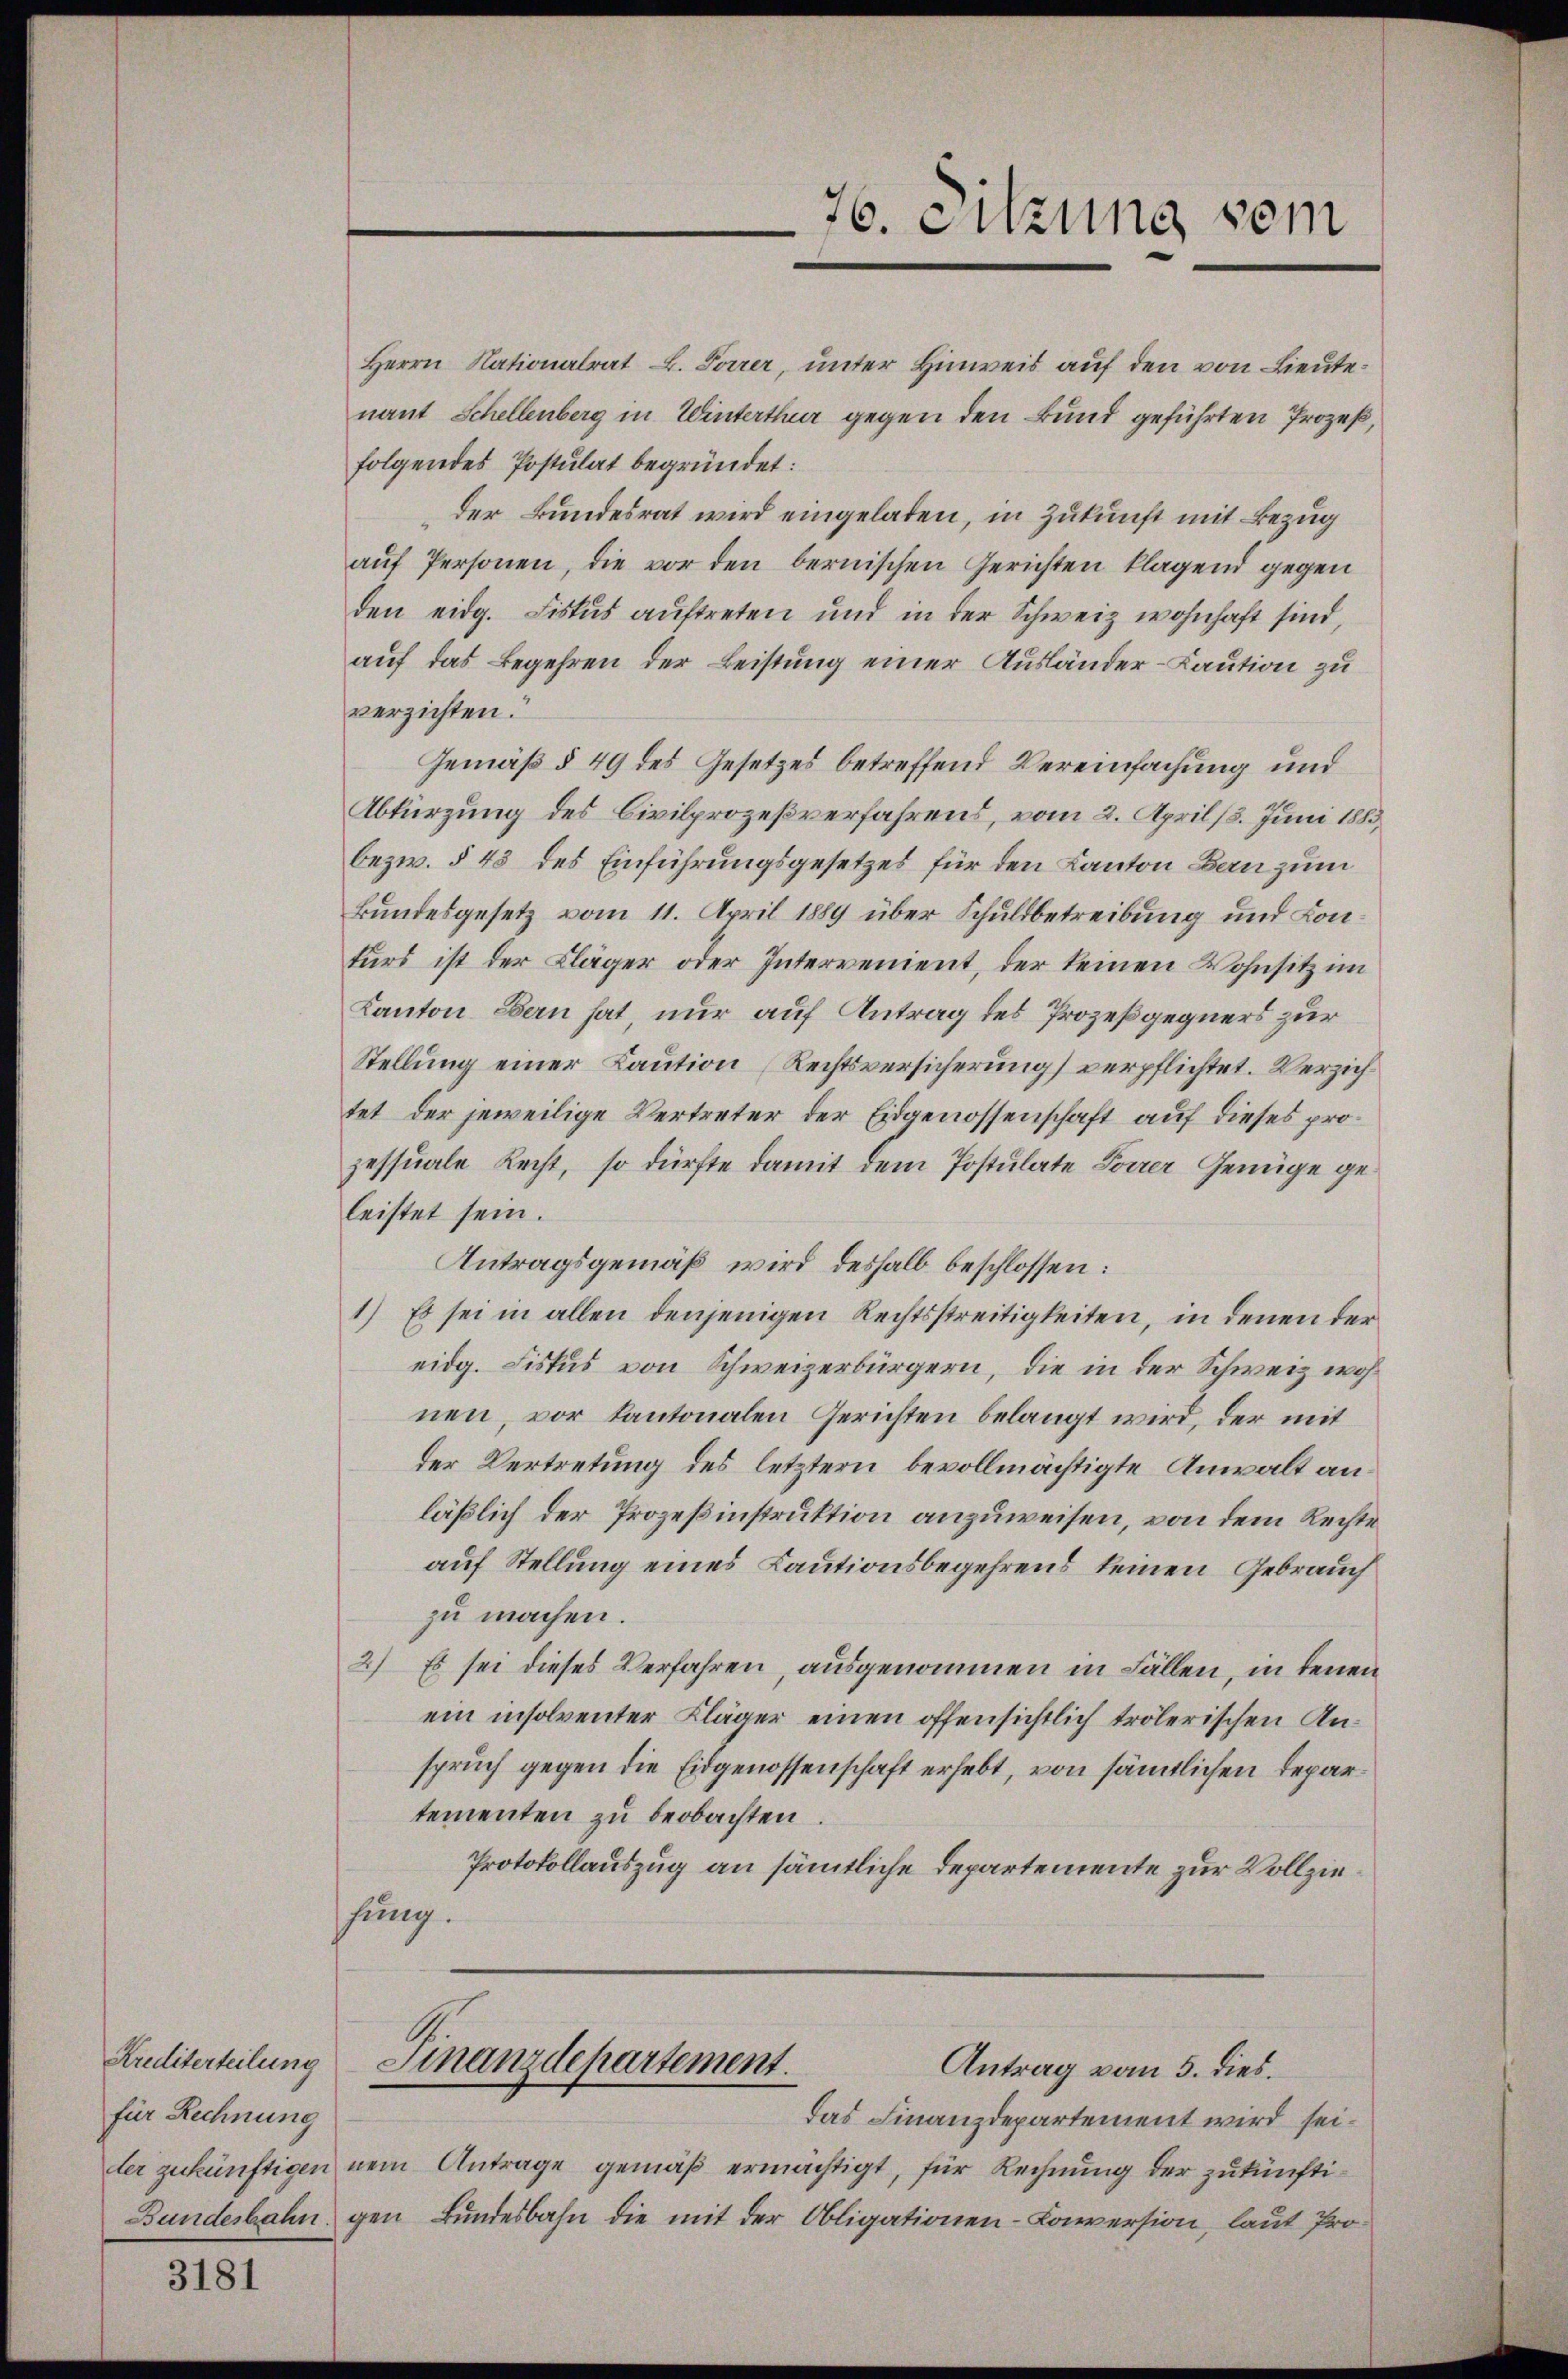
für Rechnung

3181

Herrn Nationalrat L. Forrer, unter Hinweis auf den von Lieutenant Schellenberg in Winterthur gegen den Bund geführten Prozeß,
folgendes Postulat begründet:
der Bundesrat wird eingeladen, in Zukunft mit Bezug
auf Personen, die vor den bernischen Gerichten klagend gegen
den eidg. Fiskus auftreten und in der Schweiz wohnhaft sind,
auf das Begehren der Leistung einer Ausländer-Kaution zu
verzichten.
Gemäß § 49 des Gesetzes betreffend Vereinfachung und
Abkürzung des Civilprozeßverfahrens, vom 2. April 18. Juni 1883,
bezw. § 43 des Einführungsgesetzes für den Kanton Bau zum
Bundesgesetz vom 11. April 1889 über Schuldbetreibung und Konturs ist der Kläger oder Intervenient, der keinen Wohnsitz im
Kanton Bern hat nur auf Antrag des Prozeßgegners zur
Stellung einer Kaution (Rechtsversicherung verpflichtet. Verzich
tet der jeweilige Vertreter der Eidgenossenschaft auf dieses prozessuale Recht, so dürfte damit dem Postulate Forrer Genüge geleistet sein.
Antragsgemäß wird deshalb beschlossen:
1.) Es sei in allen denjenigen Rechtsstreitigkeiten, in denen der
eidg. Fiskus von Schweizerbürgern, die in der Schweiz wohnen, vor Kantonalen Gerichten belangt wird, der mit
der Vertretung des letztern bevollmächtigte Anwalt anläßlich der Prozeßinstruktion anzuweisen, von dem Rechte
auf Stellung eines Kautionsbegehrens keinen Gebrauch
zu machen.
2) Es sei dieses Verfahren, ausgenommen in Fällen, in denen
ein insolventer Kläger einen offensichtlich trölerischen Anspruch gegen die Eidgenossenschaft erhebt, von sämtlichen Departementen zu beobachten.
Protokollauszug an sämtliche Departemente zur Vollziesung.

76. Sitzung vom

Krediterteilung Finanzdepartement.
Antrag vom 5. dies.

das Finanzdepartement wird seiler zukünftigen nein Antrage gemäß ermächtigt, für Rechnung der zukünfti¬
Bundesbahn gen Bundesbahn die mit der Obligationen-Conversion, laut Pro¬